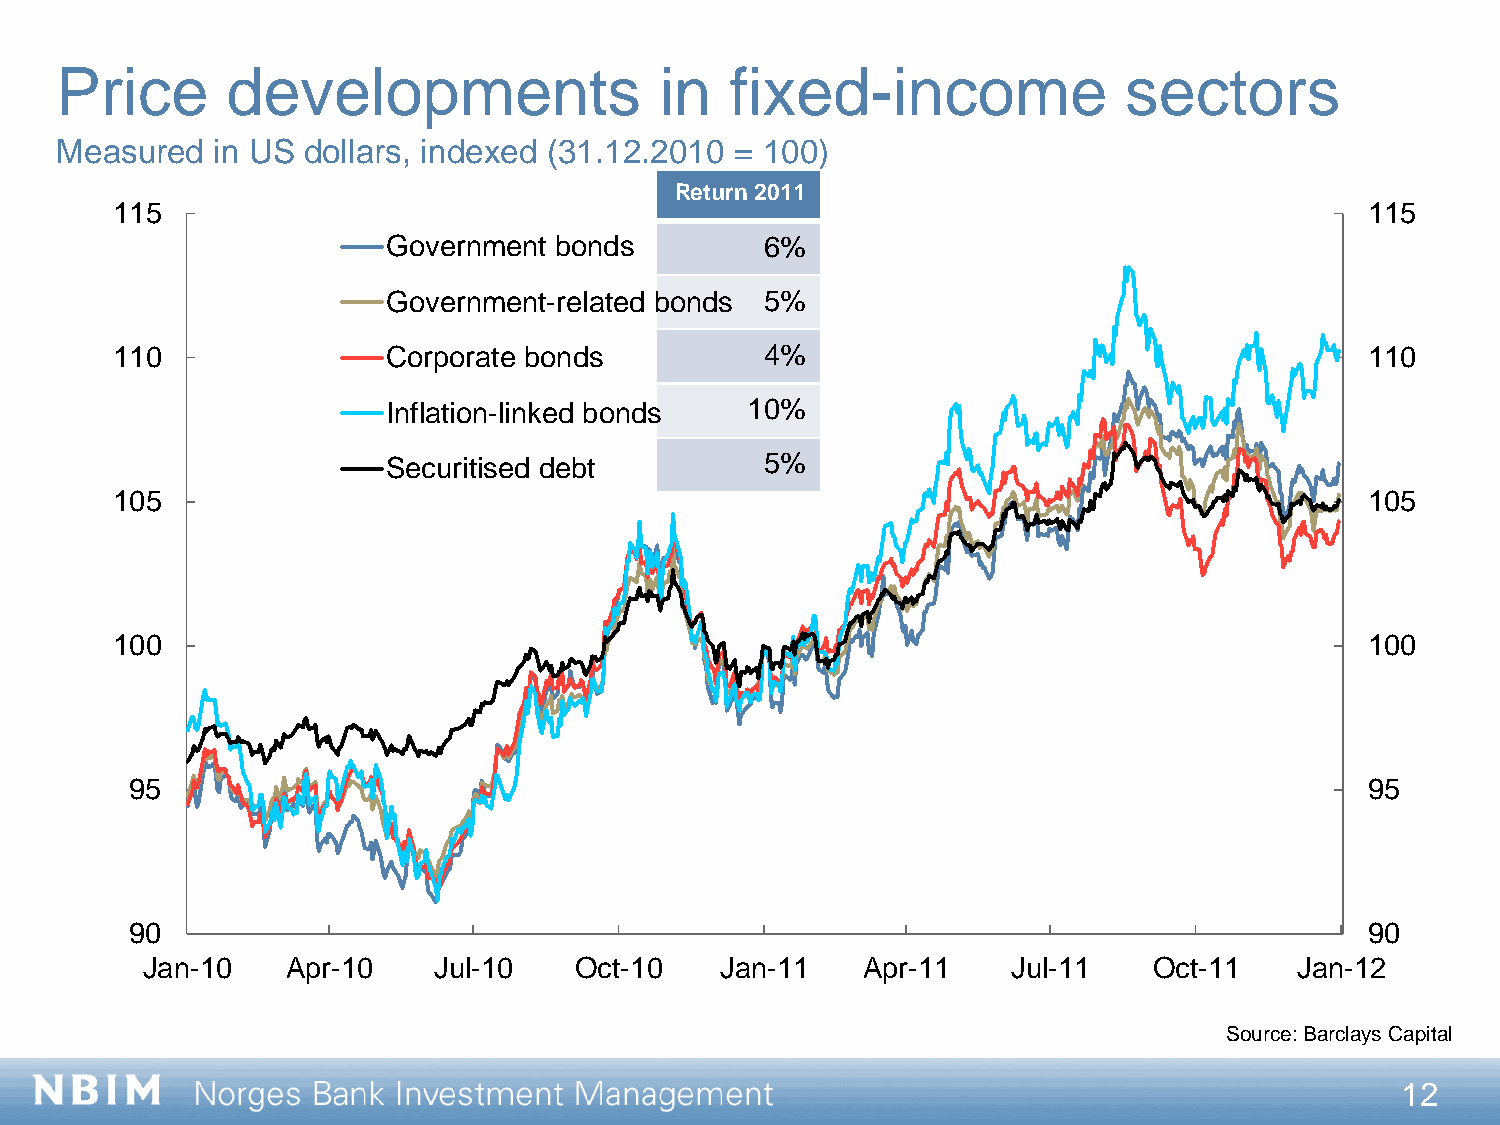
Price      developments                 in  fixed-income               sectors
 Measured  in US dollars, indexed (31.12.2010 = 100)
 Return 2011
 115                                                                                 115
 Government bonds         6%
 Government-related bonds 5%
 110                Corporate bonds          4%                                      110
 Inflation-linked bonds 10%
 Securitised debt         5%
 105                                                                                 105
 100                                                                                 100
 95                                                                                95
 90                                                                                90
 Jan-10    Apr-10    Jul-10   Oct-10    Jan-11   Apr-11    Jul-11   Oct-11    Jan-12
 Source: Barclays Capital
 12